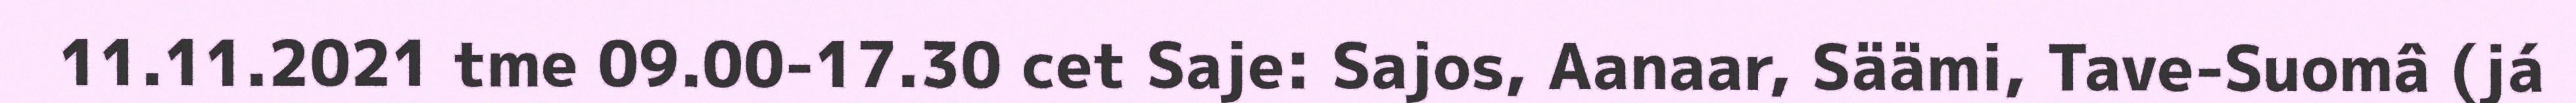
11.11.2021 tme 09.00-17.30 cet Saje: Sajos, Aanaar, Säämi, Tave-Suomâ (já